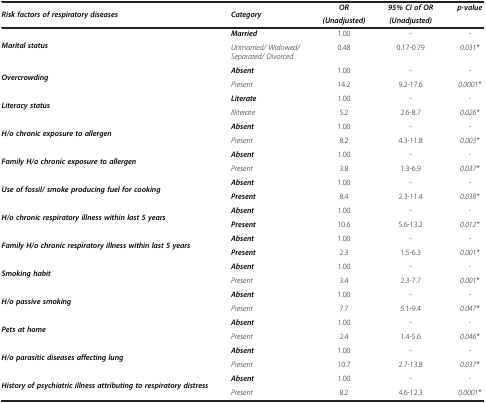
<table><thead><tr><td rowspan="2"><b><i>Risk factors of respiratory diseases</i></b></td><td rowspan="2"><b><i>Category</i></b></td><td><b><i>OR</i></b></td><td><b><i>95% CI of OR</i></b></td><td rowspan="2"><b><i>p-value</i></b></td></tr><tr><td><b><i>(Unadjusted)</i></b></td><td><b><i>(Unadjusted)</i></b></td></tr></thead><tbody><tr><td rowspan="2"><b><i>Marital status</i></b></td><td><b><i>Married</i></b></td><td>1.00</td><td>-</td><td><i>-</i></td></tr><tr><td><i>Unmarried/ Widowed/ Separated/ Divorced</i></td><td>0.48</td><td>0.17-0.79</td><td><i>0.031*</i></td></tr><tr><td rowspan="2"><b><i>Overcrowding</i></b></td><td><b><i>Absent</i></b></td><td>1.00</td><td>-</td><td><i>-</i></td></tr><tr><td><i>Present</i></td><td>14.2</td><td>9.2-17.6</td><td><i>0.0001*</i></td></tr><tr><td rowspan="2"><b><i>Literacy status</i></b></td><td><b><i>Literate</i></b></td><td>1.00</td><td>-</td><td><i>-</i></td></tr><tr><td><i>Illiterate</i></td><td>5.2</td><td>2.6-8.7</td><td><i>0.026*</i></td></tr><tr><td rowspan="2"><b><i>H/o chronic exposure to allergen</i></b></td><td><b><i>Absent</i></b></td><td>1.00</td><td>-</td><td><i>-</i></td></tr><tr><td><i>Present</i></td><td>8.2</td><td>4.3-11.8</td><td><i>0.003*</i></td></tr><tr><td rowspan="2"><b><i>Family H/o chronic exposure to allergen</i></b></td><td><b><i>Absent</i></b></td><td>1.00</td><td>-</td><td><i>-</i></td></tr><tr><td><i>Present</i></td><td>3.8</td><td>1.3-6.9</td><td><i>0.037*</i></td></tr><tr><td rowspan="2"><b><i>Use of fossil/ smoke producing fuel for cooking</i></b></td><td><b><i>Absent</i></b></td><td>1.00</td><td>-</td><td><i>-</i></td></tr><tr><td><b><i>Present</i></b></td><td>8.4</td><td>2.3-11.4</td><td><i>0.038*</i></td></tr><tr><td rowspan="2"><b><i>H/o chronic respiratory illness within last 5 years</i></b></td><td><b><i>Absent</i></b></td><td>1.00</td><td>-</td><td><i>-</i></td></tr><tr><td><b><i>Present</i></b></td><td>10.6</td><td>5.6-13.2</td><td><i>0.012*</i></td></tr><tr><td rowspan="2"><b><i>Family H/o chronic respiratory illness within last 5 years</i></b></td><td><b><i>Absent</i></b></td><td>1.00</td><td>-</td><td><i>-</i></td></tr><tr><td><b><i>Present</i></b></td><td>2.3</td><td>1.5-6.3</td><td><i>0.001*</i></td></tr><tr><td rowspan="2"><b><i>Smoking habit</i></b></td><td><b><i>Absent</i></b></td><td>1.00</td><td>-</td><td><i>-</i></td></tr><tr><td><i>Present</i></td><td>3.4</td><td>2.3-7.7</td><td><i>0.001*</i></td></tr><tr><td rowspan="2"><b><i>H/o passive smoking</i></b></td><td><b><i>Absent</i></b></td><td>1.00</td><td>-</td><td><i>-</i></td></tr><tr><td><i>Present</i></td><td>7.7</td><td>5.1-9.4</td><td><i>0.047*</i></td></tr><tr><td rowspan="2"><b><i>Pets at home</i></b></td><td><b><i>Absent</i></b></td><td>1.00</td><td>-</td><td><i>-</i></td></tr><tr><td><i>Present</i></td><td>2.4</td><td>1.4-5.6</td><td><i>0.046*</i></td></tr><tr><td rowspan="2"><b><i>H/o parasitic diseases affecting lung</i></b></td><td><b><i>Absent</i></b></td><td>1.00</td><td>-</td><td><i>-</i></td></tr><tr><td><i>Present</i></td><td>10.7</td><td>2.7-13.8</td><td><i>0.037*</i></td></tr><tr><td rowspan="2"><b><i>History of psychiatric illness attributing to respiratory distress</i></b></td><td><b><i>Absent</i></b></td><td>1.00</td><td>-</td><td><i>-</i></td></tr><tr><td><i>Present</i></td><td>8.2</td><td>4.6-12.3</td><td><i>0.0001*</i></td></tr></tbody></table>